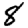
Digit: 8